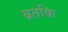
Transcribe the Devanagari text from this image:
ब्रतकि